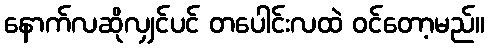
နောက်လဆိုလျှင်ပင် တပေါင်းလထဲ ဝင်တော့မည်။